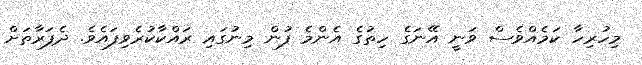
މިހުރިހާ ކަމެެއްވެސް ވަނީ އޭނަގެ ހިތުގެ އެންމެ ފުން މިނުގައި ރައްކާކުރެވިފައެވެ. ދެފަރާތަށް